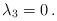
LaTeX: \begin{align*}\lambda_3=0\,.\end{align*}